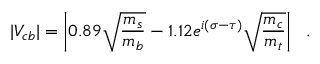
| V _ { c b } | = \left| 0 . 8 9 \sqrt { { \frac { m _ { s } } { m _ { b } } } } - 1 . 1 2 e ^ { i ( \sigma - \tau ) } \sqrt { { \frac { m _ { c } } { m _ { t } } } } \right| ~ ~ .